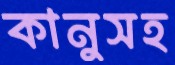
কানুসহ